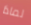
لماذا